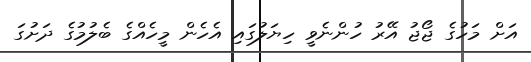
އަށް މަހުގެ ޖޯޖު އޭރު ހުންނެވީ ހިޔަލުގައި އެހެން މީހެއްގެ ބެލުމުގެ ދަށުގަ